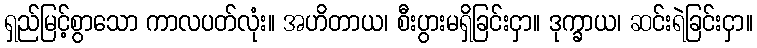
ရှည်မြင့်စွာသော ကာလပတ်လုံး။ အဟိတာယ၊ စီးပွားမရှိခြင်းငှာ။ ဒုက္ခာယ၊ ဆင်းရဲခြင်းငှာ။